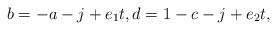
LaTeX: \begin{align*} b=-a-j+e_1 t,d=1-c-j+e_2 t, \end{align*}